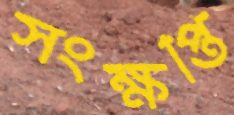
সংক্ষপ্তি